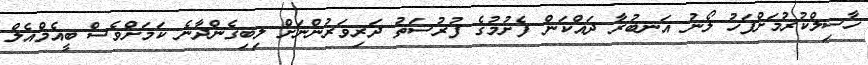
ހާސިލްކުރުމަށްފަހު ލޯނު އަނބުރާ ދައްކަން ފެށުމުގެ ފުރުސަތު ދަރިވަރުންނަށް ލިބިގެންދާނެ ކަމަށްވެސް ބީއެމްއެލް